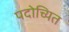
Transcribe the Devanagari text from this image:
पदोच्यित